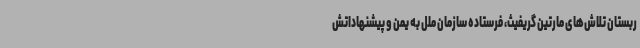
ربستان تلاش‌های مارتین گریفیث، فرستاده سازمان ملل به یمن و پیشنهاداتش